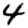
Digit: 4